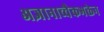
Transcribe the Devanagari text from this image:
अज्ञानाच्चैकभक्तेन